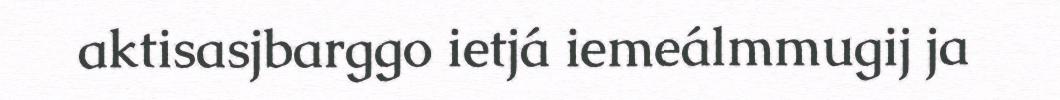
aktisasjbarggo ietjá iemeálmmugij ja